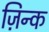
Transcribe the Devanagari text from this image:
ज़िन्क